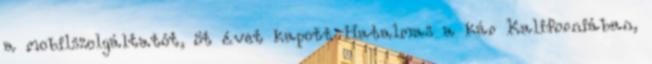
a mobilszolgáltatót, öt évet kapott Hatalmas a kár Kaliforniában,